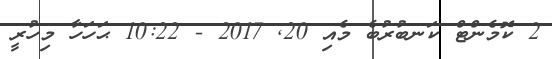
2 ކޮމެންޓް ކަނބުރުބެ މެއި 20